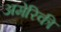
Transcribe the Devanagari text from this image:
अमेेरिकी